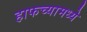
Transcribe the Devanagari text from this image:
हाफच्यामध्ये